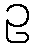
ဥ